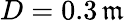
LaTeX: D=0.3\, \mathfrak{m}